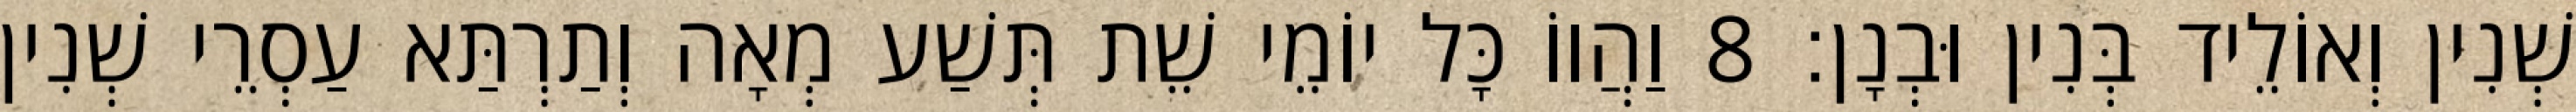
שְׁנִין וְאוֹלֵיד בְּנִין וּבְנָן׃ 8 וַהֲווֹ כָּל יוֹמֵי שֵׁת תְּשַׁע מְאָה וְתַרְתַּא עַסְרֵי שְׁנִין